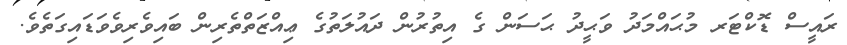
ރައީސް ޑޮކްޓަރ މުޙައްމަދު ވަޙީދު ޙަސަން ގެ އިތުރުން ދައުލަތުގެ ޢިއްޒަތްތެރިން ބައިވެރިވެވަޑައިގަތެވެ.